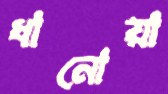
ধানোয়া